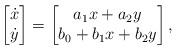
LaTeX: \begin{align*}\begin{bmatrix} \dot{x} \\ \dot{y} \end{bmatrix} =\begin{bmatrix} a_1 x + a_2 y \\ b_0 + b_1 x + b_2 y \end{bmatrix},\end{align*}